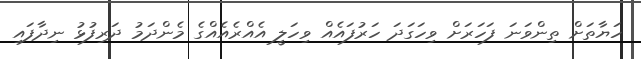
ހަޔާތަށް ތިންވަނަ ފަހަރަށް ވިހަގަދަ ހަރުފައެއް ވިހަލީ އެއްރެއެއްގެ މެންދަމު ދަރިފުޅު ނިދާފައި